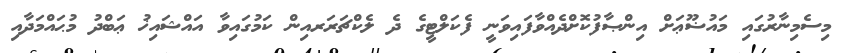
މިސެމިނާރުގައި މައުޟޫޢަށް އިންޞާފުކޮށްދެއްވާފައިވަނީ ފެކަލްޓީގެ ދެ ލެކްޗަރަރއިން ކަމުގައިވާ އައްޝައިޚު ޢަބްދު މުޙައްމަދާއި